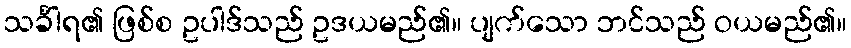
သင်္ခါရ၏ ဖြစ်စ ဥပါဒ်သည် ဥဒယမည်၏။ ပျက်သော ဘင်သည် ဝယမည်၏။